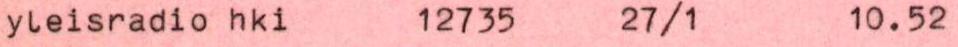
yleisradio hki 12735 27/1 10.52